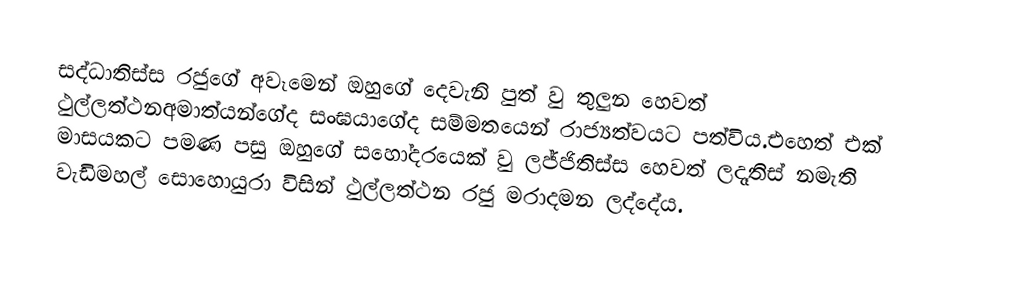
සද්ධාතිස්ස රජුගේ අවෑමෙන් ඔහුගේ දෙවැනි පුත් වු  තුලුන හෙවත් ථුල්ලත්ථනඅමාත්යන්ගේද සංඝයාගේද සම්මතයෙන් රාජ්‍යත්වයට පත්විය.එහෙත් එක් මාසයකට පමණ පසු ඔහුගේ සහෝදරයෙක් වු ලජ්ජිතිස්ස හෙවත් ලදෑතිස් නමැති වැඩිමහල් සොහොයුරා විසින් ථුල්ලත්ථන රජු මරාදමන ලද්දේය.